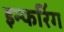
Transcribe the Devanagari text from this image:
इन्फरिंग